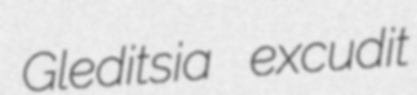
Gleditsia excudit